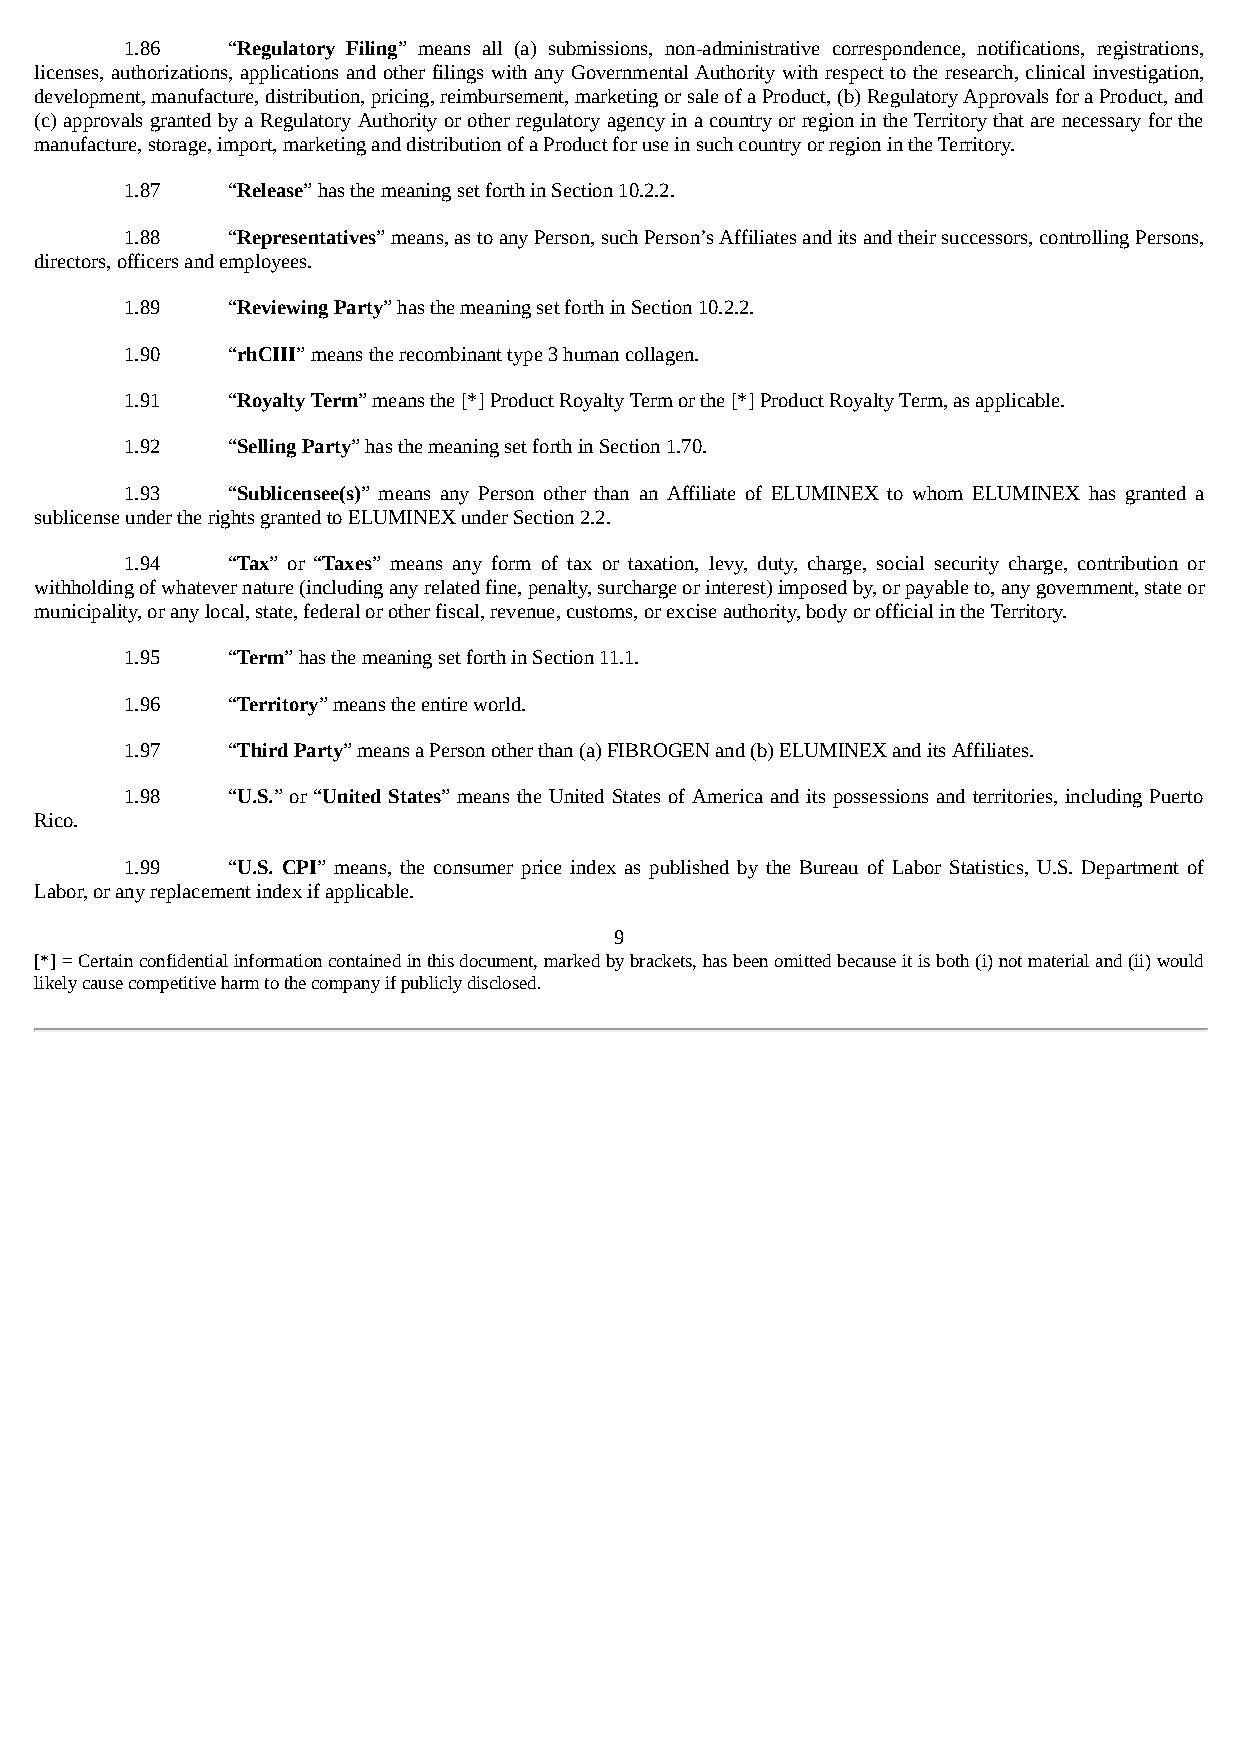
1.86   “Regulatory Filing” means all (a) submissions, non-administrative correspondence, notifications, registrations,
 licenses, authorizations, applications and other filings with any Governmental Authority with respect to the research, clinical investigation,
 development, manufacture, distribution, pricing, reimbursement, marketing or sale of a Product, (b) Regulatory Approvals for a Product, and
 (c) approvals granted by a Regulatory Authority or other regulatory agency in a country or region in the Territory that are necessary for the
 manufacture, storage, import, marketing and distribution of a Product for use in such country or region in the Territory.
 1.87   “Release” has the meaning set forth in Section 10.2.2.
 1.88   “Representatives” means, as to any Person, such Person’s Affiliates and its and their successors, controlling Persons,
 directors, officers and employees.
 1.89   “Reviewing Party” has the meaning set forth in Section 10.2.2.
 1.90   “rhCIII” means the recombinant type 3 human collagen.
 1.91   “Royalty Term” means the [*] Product Royalty Term or the [*] Product Royalty Term, as applicable.
 1.92   “Selling Party” has the meaning set forth in Section 1.70.
 1.93   “Sublicensee(s)” means any Person other than an Affiliate of ELUMINEX to whom ELUMINEX has granted a
 sublicense under the rights granted to ELUMINEX under Section 2.2.
 1.94   “Tax” or “Taxes” means any form of tax or taxation, levy, duty, charge, social security charge, contribution or
 withholding of whatever nature (including any related fine, penalty, surcharge or interest) imposed by, or payable to, any government, state or
 municipality, or any local, state, federal or other fiscal, revenue, customs, or excise authority, body or official in the Territory.
 1.95   “Term” has the meaning set forth in Section 11.1.
 1.96   “Territory” means the entire world.
 1.97   “Third Party” means a Person other than (a) FIBROGEN and (b) ELUMINEX and its Affiliates.
 1.98   “U.S.” or “United States” means the United States of America and its possessions and territories, including Puerto
 Rico.
 1.99   “U.S. CPI” means, the consumer price index as published by the Bureau of Labor Statistics, U.S. Department of
 Labor, or any replacement index if applicable.
 9
 [*] = Certain confidential information contained in this document, marked by brackets, has been omitted because it is both (i) not material and (ii) would
 likely cause competitive harm to the company if publicly disclosed.